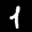
Label: 1